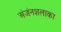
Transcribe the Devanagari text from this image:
अंजंनशलाका